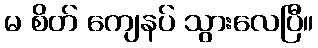
မ စိတ် ကျေနပ် သွားလေပြီ။